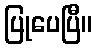
ပြုပေပြီ။